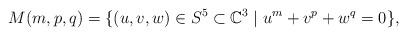
LaTeX: \begin{align*}M(m,p,q)=\{(u,v,w)\in{S^5\subset\mathbb{C}^3}\mid{u^m+v^p+w^q=0}\},\end{align*}